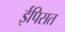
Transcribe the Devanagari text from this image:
ईपिसत